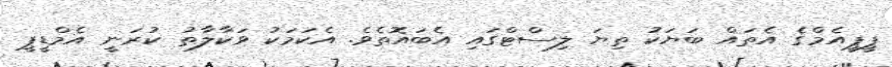
ޕީޕީއެމްގެ އެތައް ބަޔަކު ތިޔަ ލިސްޓްގައި އެބައޮތެވެ. އެކަމަކު ވަކާލާތު ކުރަނީ އެމްޑީޕީ